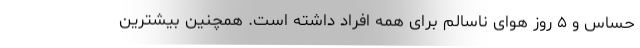
حساس و ۵ روز هوای ناسالم برای همه افراد داشته است. همچنین بیشترین